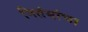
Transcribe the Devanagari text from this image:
नितंबांचा